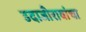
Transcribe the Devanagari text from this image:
उदाजीरावांचा